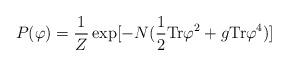
LaTeX: \begin{align*} P(\varphi) ={1\over{Z}}\exp [ -N( {1\over{2}}{\rm Tr} \varphi^{2} + {g }{\rm Tr}\varphi^{4} )]\end{align*}